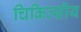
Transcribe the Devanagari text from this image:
चिकित्‍सीय